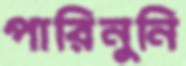
পারিনুনি